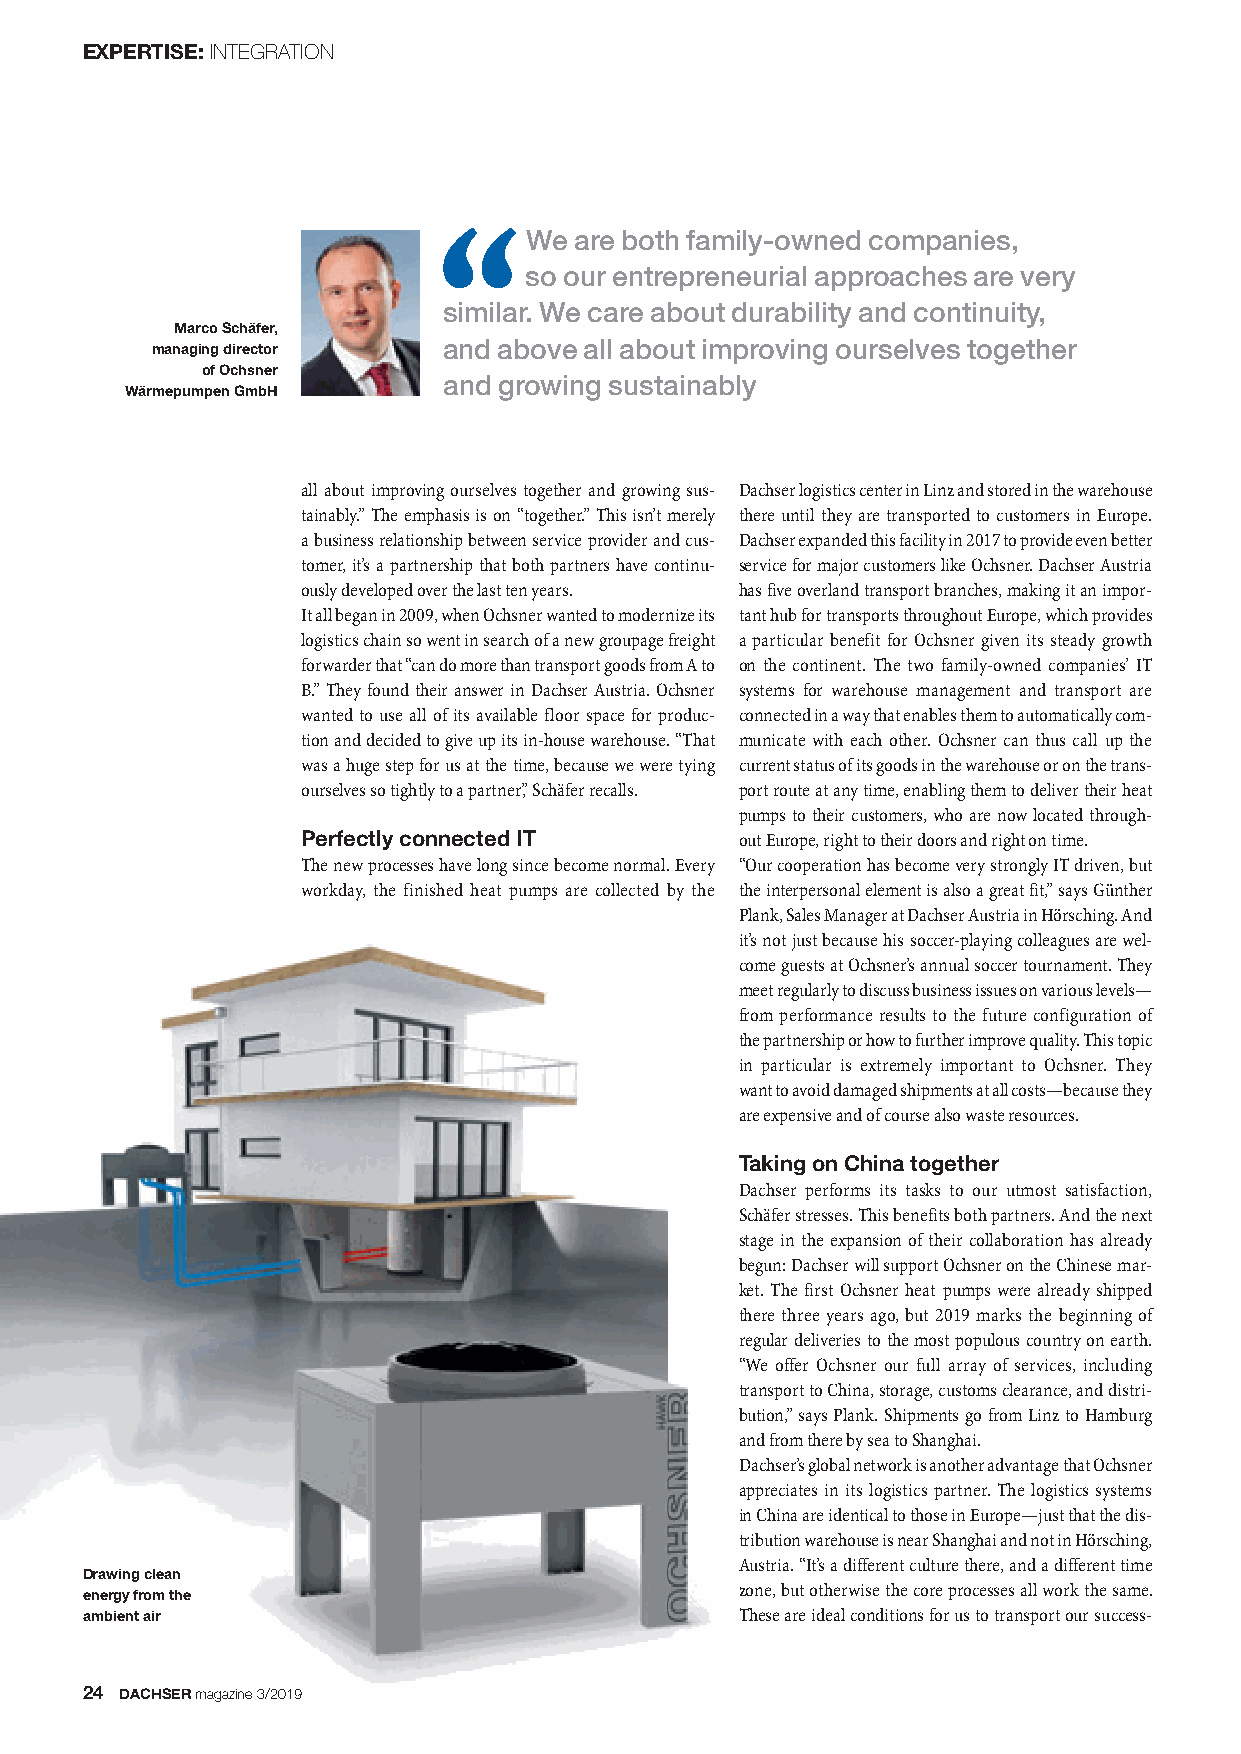
EXPERTISE:INTEGRATION
 We are both family-owned companies,
 so our entrepreneurial approaches are very
 similar. We care about durability and continuity,
 Marco Schäfer,
 managing director  and above all about improving ourselves together
 of Ochsner
 and growing sustainably
 Wärmepumpen GmbH
 all about improving ourselves together and growing sus - Dachser logistics center in Linz and stored in the warehouse
 tainably.” The emphasis is on “together.” This isn’t merely there until they are transported to customers in Europe.
 a business relationship between service pro vider and cus- Dachser expanded this facility in 2017 to provide even better
 tomer, it’s a partnership that both partners have continu- service for major customers like Ochsner. Dachser Austria
 ously developed over the last ten years. has five overland transport branches, making it an impor -
 It all began in 2009, when Ochsner wanted to modernize its tant hub for transports throughout Europe, which provides
 logistics chain so went in search of a new groupage freight a particular benefit for Ochsner given its steady growth
 forwarder that “can do more than transport goods from A to on the continent. The two family-owned companies’ IT
 B.” They found their answer in Dachser Austria. Ochsner systems for warehouse management and transport are
 wanted to use all of its available floor space for produc - connected in a way that enables them to automatically com-
 tion and decided to give up its in-house warehouse. “That municate with each other. Ochsner can thus call up the
 was a huge step for us at the time, because we were tying current status of its goods in the warehouse or on the trans-
 ourselves so tightly to a partner,” Schäfer recalls. port route at any time, enabling them to deliver their heat
 pumps to their customers, who are now located through -
 Perfectly connected IT       out Europe, right to their doors and right on time.
 The new processes have long since become normal. Every “Our cooperation has become very strongly IT driven, but
 workday, the finished heat pumps are collected by the the interpersonal element is also a great fit,” says Günther
 Plank, Sales Manager at Dachser Austria in Hörsching. And
 it’s not just because his soccer-playing colleagues are wel-
 come guests at Ochsner’s annual soccer tournament. They
 meet regularly to discuss business issues on various levels—
 from performance results to the future configuration of
 the partnership or how to further improve quality. This topic
 in particular is extremely important to Ochsner. They
 want to avoid damaged shipments at all costs—because they
 are expensive and of course also waste resources.
 Taking on China together
 Dachser performs its tasks to our utmost satisfaction,
 Schäfer stresses. This benefits both partners. And the next
 stage in the expansion of their collaboration has already
 begun: Dachser will support Ochsner on the Chinese mar-
 ket. The first Ochsner heat pumps were already shipped
 there three years ago, but 2019 marks the beginning of
 regular deliveries to the most populous country on earth.
 “We offer Ochsner our full array of services, including
 transport to China, storage, customs clearance, and distri-
 bution,” says Plank. Shipments go from Linz to Hamburg
 and from there by sea to Shanghai.
 Dachser’s global network is another advantage that Ochsner
 appreciates in its logistics partner. The logistics systems
 in China are identical to those in Europe—just that the dis-
 tribution warehouse is near Shanghai and not in Hörsching,
 Austria. “It’s a different culture there, and a different time
 Drawing clean
 zone, but otherwise the core processes all work the same.
 energy from the
 ambient air                                 These are ideal conditions for us to transport our success-
 24 DACHSERmagazine 3/2019